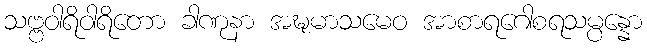
သဗ္ဗဝါရိဝါရိတော ခါဏုနာ အဍ္ဎမာသမေဝ အာစာရဂေါစရသမ္ပန္နော